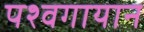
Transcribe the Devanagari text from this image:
पश्वगायान